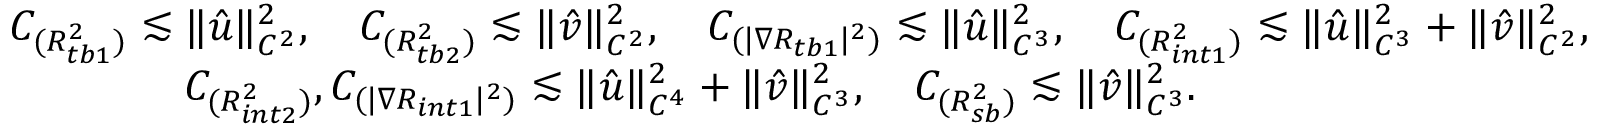
\begin{array} { r l } & { C _ { ( { R _ { t b 1 } ^ { 2 } } ) } \lesssim \| \hat { u } \| _ { C ^ { 2 } } ^ { 2 } , \quad C _ { ( { R _ { t b 2 } ^ { 2 } } ) } \lesssim \| \hat { v } \| _ { C ^ { 2 } } ^ { 2 } , \quad C _ { ( | \nabla R _ { t b 1 } | ^ { 2 } ) } \lesssim \| \hat { u } \| _ { C ^ { 3 } } ^ { 2 } , \quad C _ { ( { R _ { i n t 1 } ^ { 2 } } ) } \lesssim \| \hat { u } \| _ { C ^ { 3 } } ^ { 2 } + \| \hat { v } \| _ { C ^ { 2 } } ^ { 2 } , } \\ & { \qquad \qquad C _ { ( { R _ { i n t 2 } ^ { 2 } } ) } , C _ { ( | \nabla R _ { i n t 1 } | ^ { 2 } ) } \lesssim \| \hat { u } \| _ { C ^ { 4 } } ^ { 2 } + \| \hat { v } \| _ { C ^ { 3 } } ^ { 2 } , \quad C _ { ( { R _ { s b } ^ { 2 } } ) } \lesssim \| \hat { v } \| _ { C ^ { 3 } } ^ { 2 } . } \end{array}